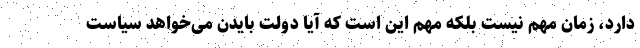
دارد، زمان مهم نیست بلکه مهم این است که آیا دولت بایدن می‌خواهد سیاست